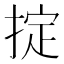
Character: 掟